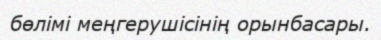
бөлімі меңгерушісінің орынбасары.